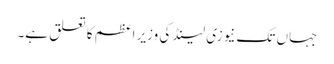
جہاں تک نیوزی لینڈ کی وزیر اعظم کا تعلق ہے۔